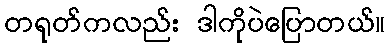
တရုတ်ကလည်း ဒါကိုပဲပြောတယ်။